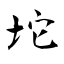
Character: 坨